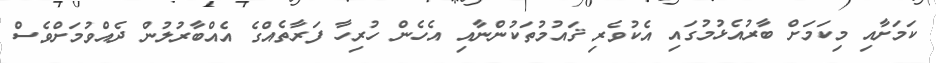
ކަމަށާއި މިކަމަށް ބާރުއެޅުމުގައި އެކުވެރި ޤައުމުތަކުންނާއި އެހެން ހުރިހާ ފަރާތެއްގެ އެއްބާރުލުން ދެއްވުމަށްވެސް